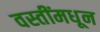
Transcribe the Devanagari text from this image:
वस्तींमधून